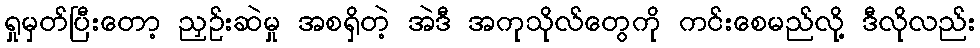
ရှုမှတ်ပြီးတော့ ညှဉ်းဆဲမှု အစရှိတဲ့ အဲဒီ အကုသိုလ်တွေကို ကင်းစေမည်လို့ ဒီလိုလည်း